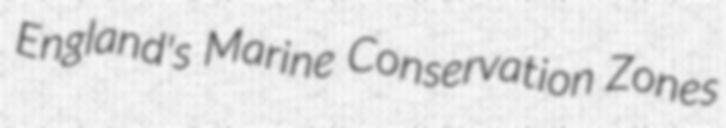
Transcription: England's Marine Conservation Zones